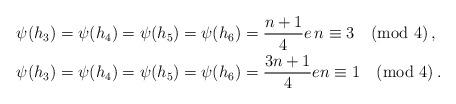
LaTeX: \begin{align*} \psi(h_3)&=\psi(h_4)=\psi(h_5)=\psi(h_6)=\frac{n+1}{4}e \, n\equiv 3 \pmod{4}\,, \\ \psi(h_3)&=\psi(h_4)=\psi(h_5)=\psi(h_6)=\frac{3n+1}{4}e n\equiv 1 \pmod{4}\,. \end{align*}